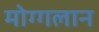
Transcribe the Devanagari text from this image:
मोग्गलान